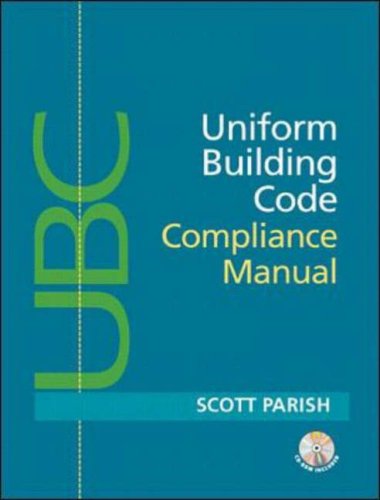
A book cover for Uniform Building Code Compliance Manual; Scott Parish; Law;